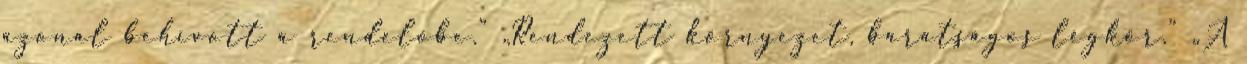
azonal behívott a rendelőbe.” „Rendezett környezet, barátságos légkör.” „A